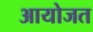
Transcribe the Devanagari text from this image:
आयोजत